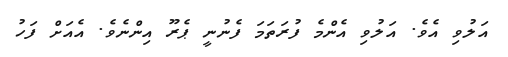
އަލުވި އެވެ. އަލުވި އެންމެ ފުރަތަމަ ފެނުނީ ޕެރޫ އިންނެވެ. އެއަށް ފަހު